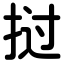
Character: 挝